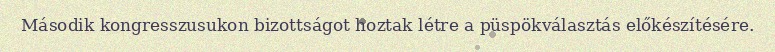
Második kongresszusukon bizottságot hoztak létre a püspökválasztás előkészítésére.